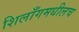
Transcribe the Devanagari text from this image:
शिलाँगमधीलच